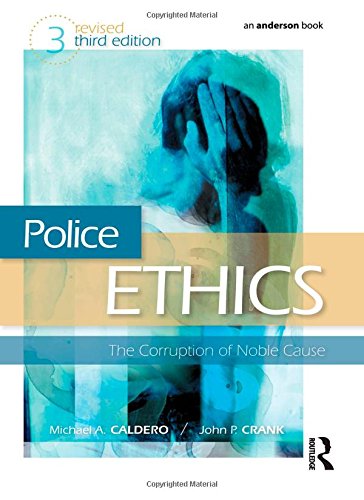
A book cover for Police Ethics: The Corruption of Noble Cause; Michael A. Caldero; Law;